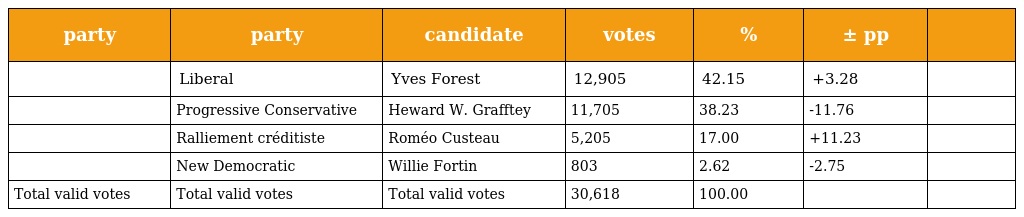
| party | party | candidate | votes | % | ± pp |  |
 | --- | --- | --- | --- | --- | --- | --- |
 |  | Liberal | Yves Forest | 12,905 | 42.15 | +3.28 |  |
 |  | Progressive Conservative | Heward W. Grafftey | 11,705 | 38.23 | -11.76 |  |
 |  | Ralliement créditiste | Roméo Custeau | 5,205 | 17.00 | +11.23 |  |
 |  | New Democratic | Willie Fortin | 803 | 2.62 | -2.75 |  |
 | Total valid votes | Total valid votes | Total valid votes | 30,618 | 100.00 |  |  |